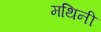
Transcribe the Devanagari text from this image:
मथिनी